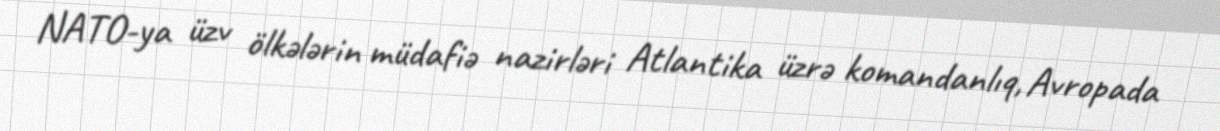
NATO-ya üzv ölkələrin müdafiə nazirləri Atlantika üzrə komandanlıq, Avropada